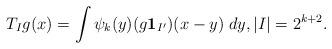
LaTeX: \begin{align*} T _{I} g (x) = \int \psi _k (y) (g \mathbf 1_{I'} ) (x-y)\; dy, \lvert I\rvert = 2^{k+2}. \end{align*}